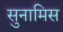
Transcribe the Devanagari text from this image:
सुनामिस